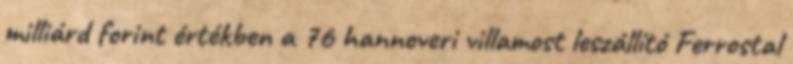
milliárd forint értékben a 76 hannoveri villamost leszállító Ferrostal